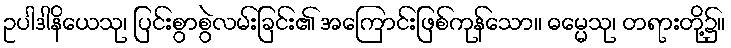
ဥပါဒါနိယေသု၊ ပြင်းစွာစွဲလမ်းခြင်း၏ အကြောင်းဖြစ်ကုန်သော။ ဓမ္မေသု၊ တရားတို့၌။